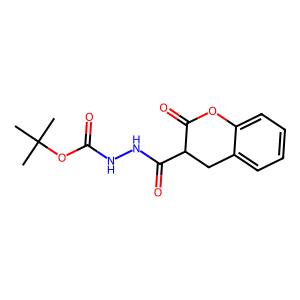
SMILES: CC(C)(C)OC(=O)NNC(=O)C1Cc2ccccc2OC1=O
Inhibits HIV replication: No